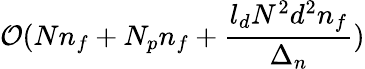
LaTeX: \mathcal{O}(Nn_{f}+N_{p}n_{f}+\frac{l_{d}N^{2}d^{2}n_{f}}{\Delta_{n}})